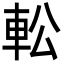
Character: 䡆